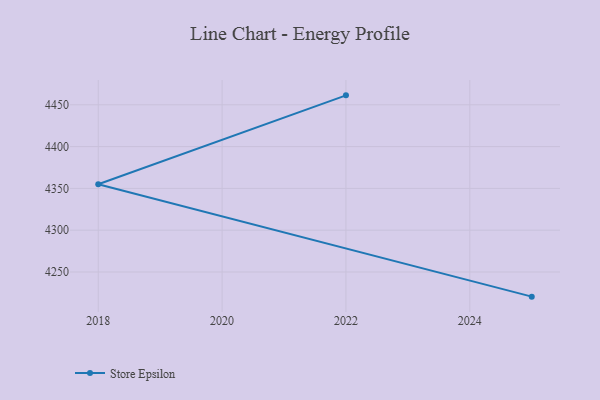
{"axis": {"x": "Year", "y": "Market Share (%)"}, "legend": ["Store Epsilon"], "data": [{"x": "2022", "y": 4461.3, "type": "Store Epsilon"}, {"x": "2018", "y": 4354.9, "type": "Store Epsilon"}, {"x": "2025", "y": 4220.5, "type": "Store Epsilon"}]}